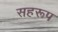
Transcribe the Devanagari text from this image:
सहरूप